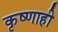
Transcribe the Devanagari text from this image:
कृष्णाही